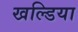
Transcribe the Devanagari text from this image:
खल्डिया